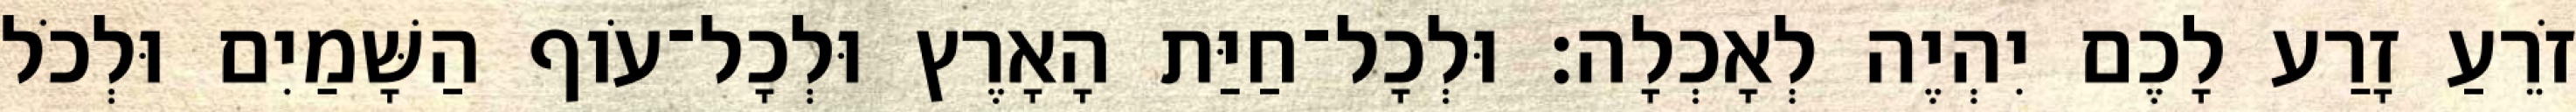
זֹרֵעַ זָרַע לָכֶם יִהְיֶה לְאָכְלָה׃ וּלְכָל־חַיַּת הָאָרֶץ וּלְכָל־עֹוף הַשָּׁמַיִם וּלְכֹל